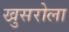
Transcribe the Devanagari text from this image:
खुसरोला